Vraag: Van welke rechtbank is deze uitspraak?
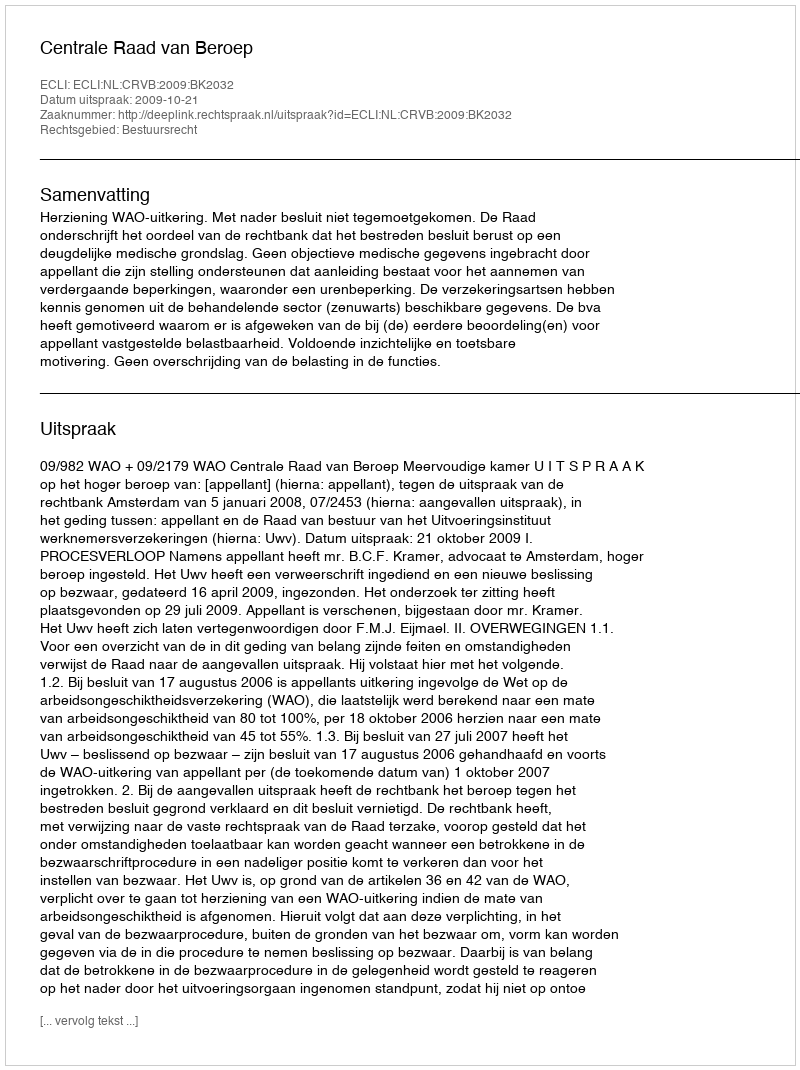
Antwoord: Centrale Raad van Beroep